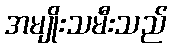
အမျိုးသမီးသည်